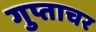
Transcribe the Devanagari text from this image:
गुप्ताचर